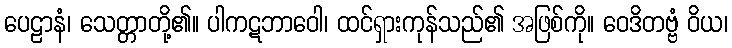
ပေဠာနံ၊ သေတ္တာတို့၏။ ပါကဋဘာဝေါ၊ ထင်ရှားကုန်သည်၏ အဖြစ်ကို။ ဝေဒိတဗ္ဗံ ဝိယ၊